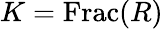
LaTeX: K={\mathrm{Frac}}(R)